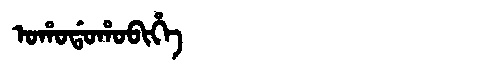
Manchu: ᠣᡥᠣᡩᠣᡥᠣᠪᡳᡥᡝ
Romanization: OHODOHOBIHE